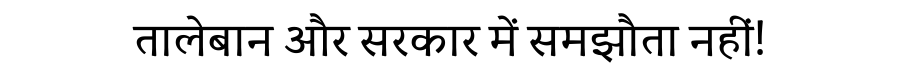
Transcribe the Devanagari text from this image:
तालेबान और सरकार में समझौता नहीं!